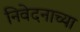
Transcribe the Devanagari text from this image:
निवेदनाच्या